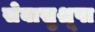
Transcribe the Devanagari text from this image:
सेवासुश्रूषा